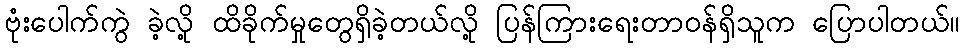
ဗုံးပေါက်ကွဲ ခဲ့လို့ ထိခိုက်မှုတွေရှိခဲ့တယ်လို့ ပြန်ကြားရေးတာဝန်ရှိသူက ပြောပါတယ်။